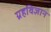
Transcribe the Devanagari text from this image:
ग्रहविज्ञान